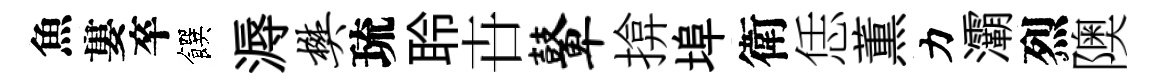
魚婁卒饌溽樊琉聆卋鼙揜埠衛恁薫力灞烈隩